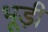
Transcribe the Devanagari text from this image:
भूड़ी